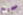
صحيح